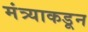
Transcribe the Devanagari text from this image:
मंत्र्याकडून